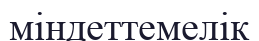
міндеттемелік